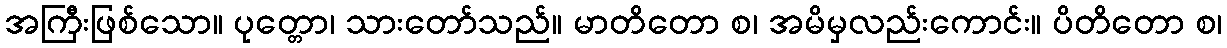
အကြီးဖြစ်သော။ ပုတ္တော၊ သားတော်သည်။ မာတိတော စ၊ အမိမှလည်းကောင်း။ ပိတိတော စ၊